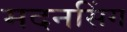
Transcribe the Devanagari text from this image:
मदनसिंग